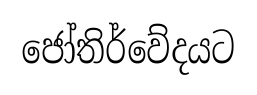
ජෝතිර්වේදයට